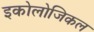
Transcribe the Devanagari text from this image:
इकोलोजिकल